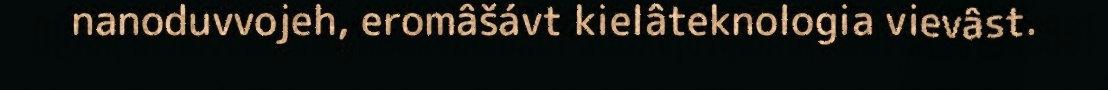
nanoduvvojeh, eromâšávt kielâteknologia vievâst.